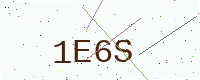
Text: 1E6S